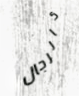
كالرجال